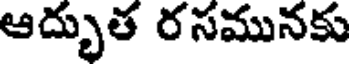
ఆద్భుత రసమునకు